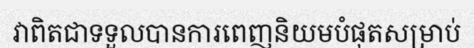
វាពិតជាទទួលបានការពេញនិយមបំផុតសម្រាប់